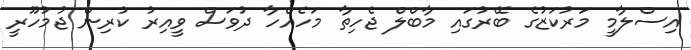
އިސްލާމީ މަރުކަޒުގެ ބޭރުގައި މާބްްލް ޖެހިތާ މަހެއްހާ ދުވަަސް ވީއިރު ކުރިން ޖުމުހޫރީ